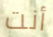
أنت